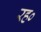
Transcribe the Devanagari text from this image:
रह०